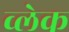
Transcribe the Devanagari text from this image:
व्लेक